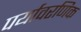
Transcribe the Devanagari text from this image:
पर्यावरणिक